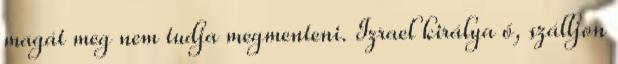
magát meg nem tudja megmenteni. Izrael királya ő, szálljon